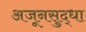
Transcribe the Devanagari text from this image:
अजूनसुद्धा